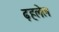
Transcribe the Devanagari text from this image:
ढ़हलेल